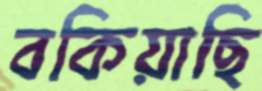
বকিয়াছি